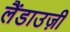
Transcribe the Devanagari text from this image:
लैंडाउज़ी